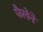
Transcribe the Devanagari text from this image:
फैलेने